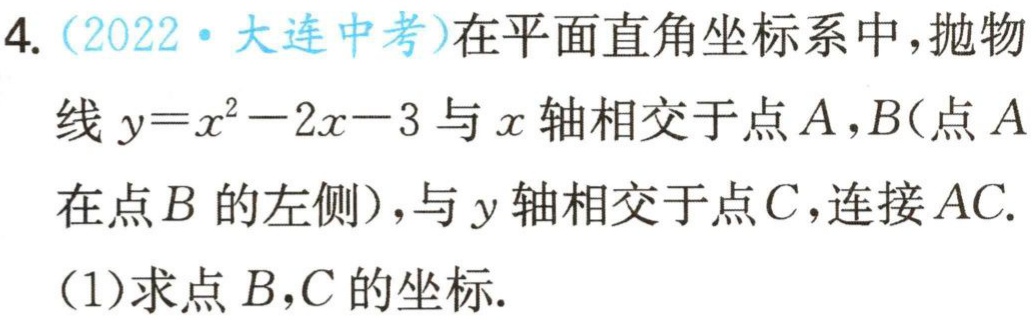
4.（2022·大连中考）在平面直角坐标系中，抛物线\(y = x^{2}-2x - 3\)与\(x\)轴相交于点\(A\)，\(B\)（点\(A\)在点\(B\)的左侧），与\(y\)轴相交于点\(C\)，连接\(AC\).
(1)求点\(B\)，\(C\)的坐标.